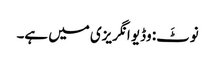
نوٹَ: وڈیو انگریزی میں ہے۔